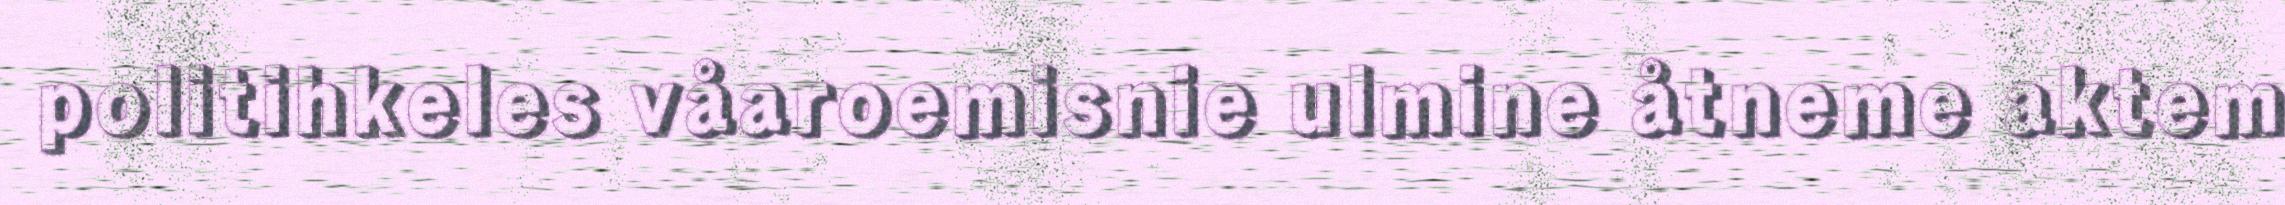
politihkeles våaroemisnie ulmine åtneme aktem